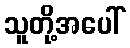
သူတို့အပေါ်